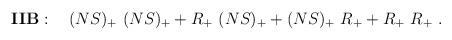
LaTeX: \begin{align*} {\bf IIB}: \quad (NS)_+\ (NS)_+ + R_+ \ (NS)_+ + (NS)_+ \ R_+ + R_+\ R_+ \ .\end{align*}